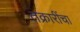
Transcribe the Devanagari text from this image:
तक्रारींचा